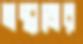
মন্তাজের